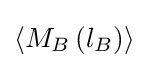
\left\langle M_{B}\left(l_{B}\right)\right\rangle